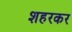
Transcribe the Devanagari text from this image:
शहरकर